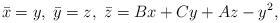
LaTeX: \begin{align*}\bar x = y,\; \bar y = z, \; \bar z = Bx + Cy + Az-y^2,\end{align*}